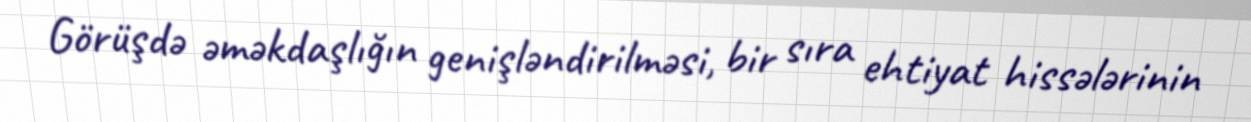
Görüşdə əməkdaşlığın genişləndirilməsi, bir sıra ehtiyat hissələrinin